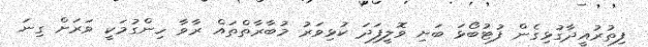
ފިތުރުއީދާގުޅިގެން ފުޓުބޯޅަ ބަށި ވޮލީފަދަ ކުޅިވަރު މުބާރާތްތައް ރާވާ ހިންގުމަކީ ވަރަށް ގިނަ